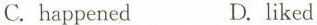
C.happened D.liked